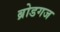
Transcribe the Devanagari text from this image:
ब्रोडगज